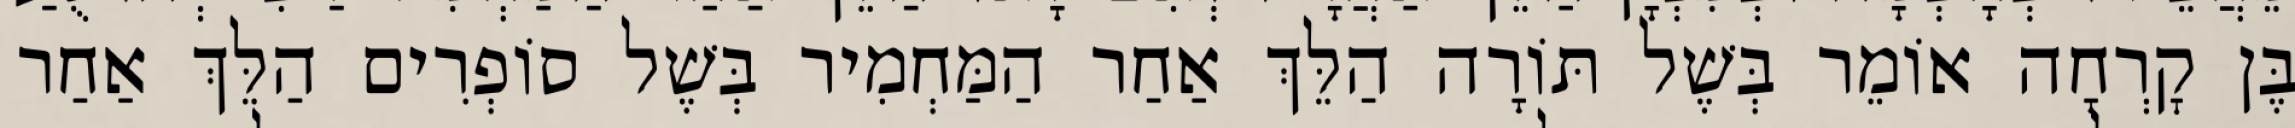
בֶּן קׇרְחָה אוֹמֵר בְּשֶׁל תּוֹרָה הַלֵּךְ אַחַר הַמַּחְמִיר בְּשֶׁל סוֹפְרִים הַלֵּךְ אַחַר